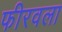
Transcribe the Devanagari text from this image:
फीरवला